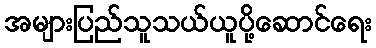
အများပြည်သူသယ်ယူပို့ဆောင်ရေး